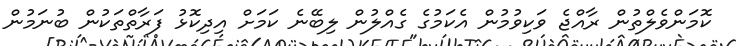
ކޮމަންވެލްތުން ރާއްޖެ ވަކިވުމުން އެކަމުގެ ގެއްލުން ލިބޭނެ ކަމަށް އިދިކޮޅު ފަރާތްތަކުން ބުނަމުން